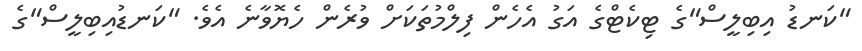
"ކަނޑު އިބިލީސް"ގެ ޓިކެޓްގެ އަގު އެހެން ފިލްމުތަކަށް ވުރެން ހެޔޮވާނެެ އެވެ. "ކަނޑުއިބިލީސް"ގެ